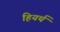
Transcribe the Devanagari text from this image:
हियर्थ